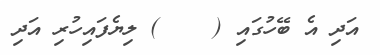
އަދި އެ ބޭހުގައި (    ) ލިޔެފައިހުރި އަދި